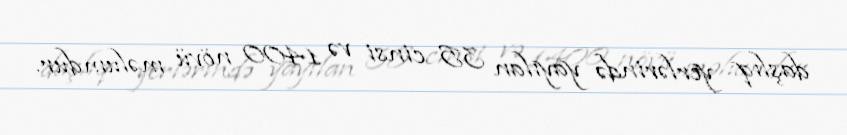
daşlıq yerlərində yayılan 35 cinsi və 1400 növü məlumdur.